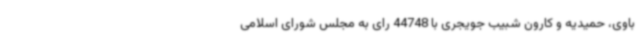
باوی، حمیدیه و کارون شبیب جویجری با 44748 رای به مجلس شورای اسلامی